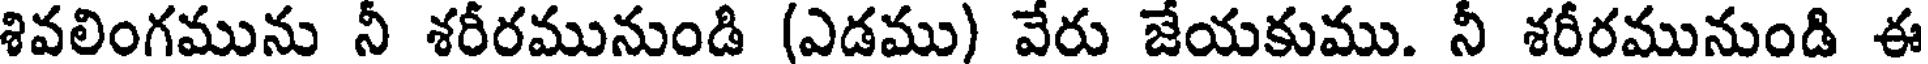
శివలింగమును నీ శరీరమునుండి (ఎడము) వేరు జేయకుము. నీ శరీరమునుండి ఈ